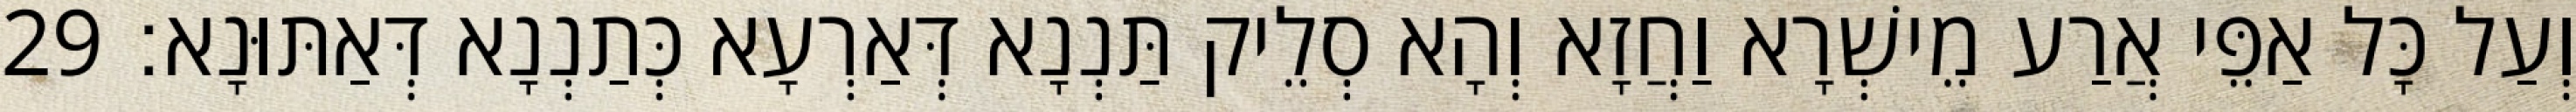
וְעַל כָּל אַפֵּי אֲרַע מֵישְׁרָא וַחֲזָא וְהָא סְלֵיק תַּנְנָא דְּאַרְעָא כְּתַנְנָא דְּאַתּוּנָא׃ 29